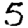
Digit: 5